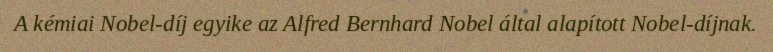
A kémiai Nobel-díj egyike az Alfred Bernhard Nobel által alapított Nobel-díjnak.